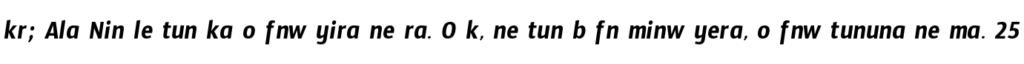
kr; Ala Nin le tun ka o fnw yira ne ra. O k, ne tun b fn minw yera, o fnw tununa ne ma. 25